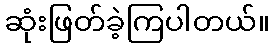
ဆုံးဖြတ်ခဲ့ကြပါတယ်။